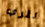
لتري